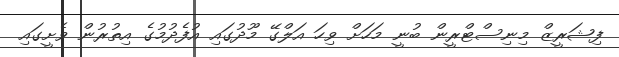
ފިޝަރީޒް މިނިސްޓްރީން ބުނީ މަހަށް ވިހަ އަލްގޭ މޫދުގައި އުފެދުމުގެ އިތުރުން ވެށީގައި